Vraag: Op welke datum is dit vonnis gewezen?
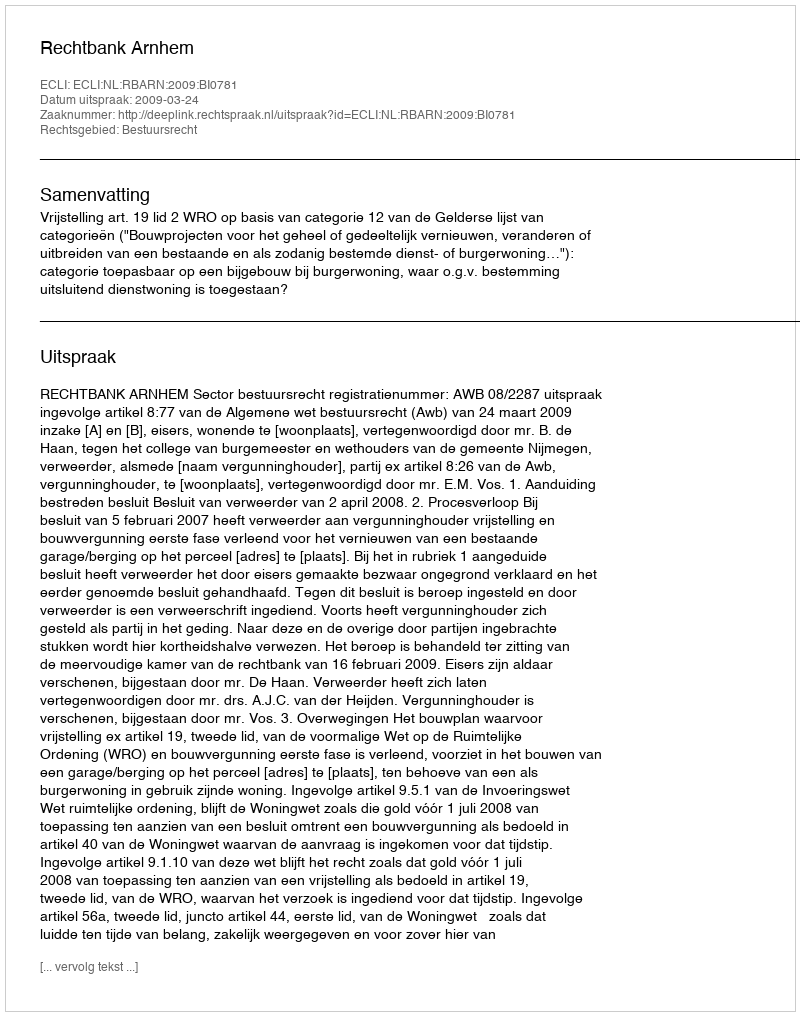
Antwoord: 2009-03-24